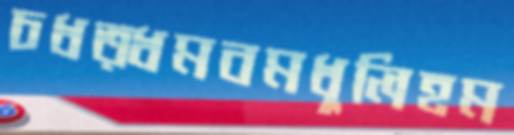
চধত্ধমবমধুলিহম